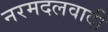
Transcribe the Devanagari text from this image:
नरमदलवादी